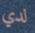
لدي